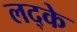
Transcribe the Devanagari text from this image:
लद्के